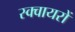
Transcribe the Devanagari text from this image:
स्क्वायरों